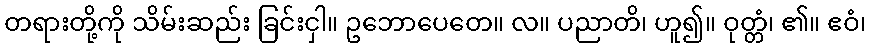
တရားတို့ကို သိမ်းဆည်း ခြင်းငှါ။ ဥဘောပေတေ။ လ။ ပညာတိ၊ ဟူ၍။ ဝုတ္တံ၊ ၏။ ဧဝံ၊